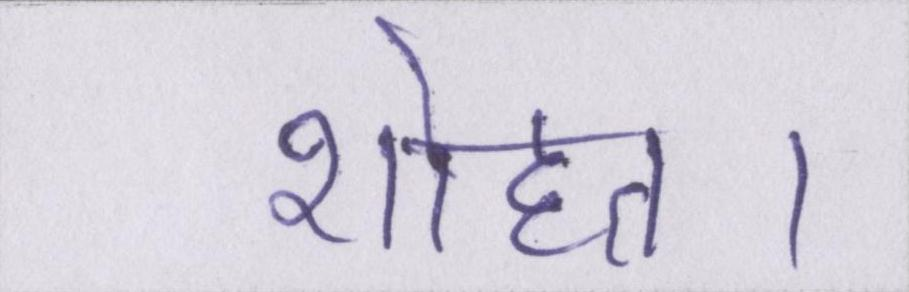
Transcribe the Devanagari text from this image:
शोहरत।